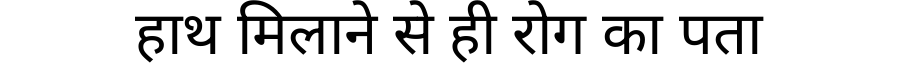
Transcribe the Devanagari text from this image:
हाथ मिलाने से ही रोग का पता